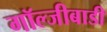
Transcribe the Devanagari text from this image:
गॉल्जीबाडी